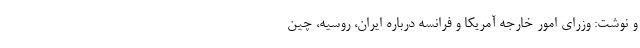
و نوشت: وزرای امور خارجه آمریکا و فرانسه درباره ایران، روسیه، چین